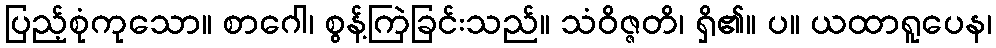
ပြည့်စုံကုသော။ စာဂေါ၊ စွန့်ကြဲခြင်းသည်။ သံဝိဇ္ဇတိ၊ ရှိ၏။ ပ။ ယထာရူပေန၊